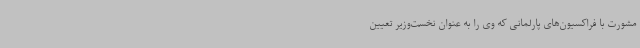
مشورت با فراکسیون‌های پارلمانی که وی را به عنوان نخست‌وزیر تعیین